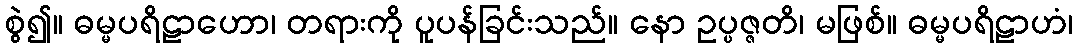
စွဲ၍။ ဓမ္မပရိဠာဟော၊ တရားကို ပူပန်ခြင်းသည်။ နော ဥပ္ပဇ္ဇတိ၊ မဖြစ်။ ဓမ္မပရိဠာဟံ၊